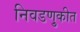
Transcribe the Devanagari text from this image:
निवडणु्कीत